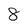
Character: 8